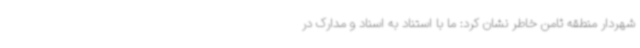
شهردار منطقه ثامن خاطر نشان کرد: ما با استناد به اسناد و مدارک در